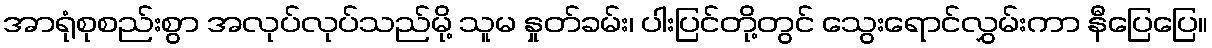
အာရုံစုစည်းစွာ အလုပ်လုပ်သည်မို့ သူမ နှုတ်ခမ်း၊ ပါးပြင်တို့တွင် သွေးရောင်လွှမ်းကာ နီပြေပြေ။